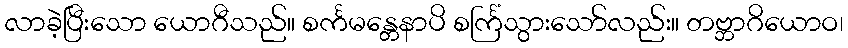
လာခဲ့ပြီးသော ယောဂီသည်။ စင်္ကမန္တေနာပိ စင်္ကြံသွားသော်လည်း။ တဗ္ဘာဂိယောဝ၊